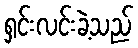
ရှင်းလင်းခဲ့သည်